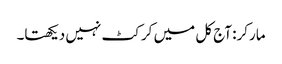
مارکر: آج کل میں کرکٹ نہیں دیکھتا۔